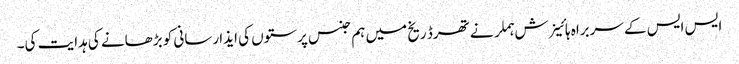
ایس ایس کے سربراہ ہائینرش ہملر نے تھرڈ ریخ میں ہم جنس پرستوں کی ایذا رسانی کو بڑھانے کی ہدایت کی۔